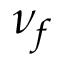
\nu _ { f }